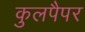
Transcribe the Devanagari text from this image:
कुलपैपर